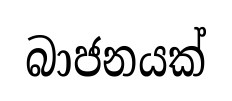
බාජනයක්